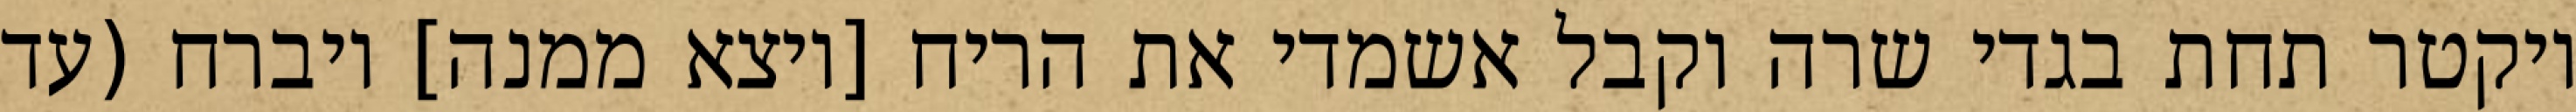
ויקטר תחת בגדי שרה וקבל אשמדי את הריח [ויצא ממנה] ויברח (עד